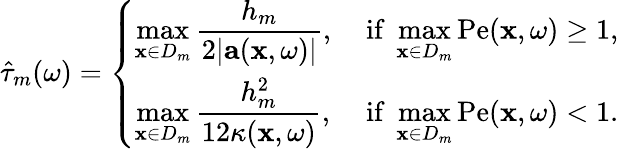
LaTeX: \hat{\tau}_{m}(\omega)=\left\{ \begin{array}{ll}{\displaystyle\operatorname*{max}_{\mathbf{x}\in D_{m}}\frac{h_{m}}{2|\mathbf{a}(\mathbf{x},\omega)|},}&{\mathrm{~if~}\displaystyle\operatorname*{max}_{\mathbf{x}\in D_{m}}\mathrm{Pe}(\mathbf{x},\omega)\geq 1,}\\ {\displaystyle\operatorname*{max}_{\mathbf{x}\in D_{m}}\frac{h_{m}^{2}}{12\kappa(\mathbf{x},\omega)},}&{\mathrm{~if~}\displaystyle\operatorname*{max}_{\mathbf{x}\in D_{m}}\mathrm{Pe}(\mathbf{x},\omega)<1.}\end{array}\right.